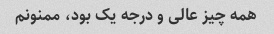
همه چیز عالی و درجه یک بود، ممنونم